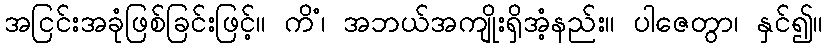
အငြင်းအခုံဖြစ်ခြင်းဖြင့်။ ကိံ၊ အဘယ်အကျိုးရှိအံ့နည်း။ ပါဇေတွာ၊ နှင်၍။